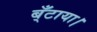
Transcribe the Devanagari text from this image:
ब्ँटाया।